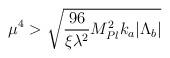
LaTeX: \begin{align*}\mu^4>\sqrt{\frac{96}{\xi\lambda^2}M_{Pl}^2k_a|\Lambda_b|}\end{align*}